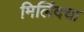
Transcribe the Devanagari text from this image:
मिलिंदचा